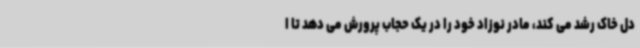
دل خاک رشد می کند، مادر نوزاد خود را در یک حجاب پرورش می دهد تا ا